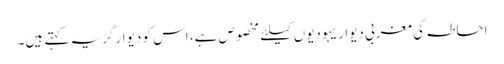
احاطہ کی مغربی دیوار یہودیوں کیلئے مخصوص ہے، اس کو دیوار گریہ کہتے ہیں۔